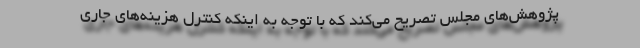
پژوهش‌های مجلس تصریح می‌کند که با توجه به اینکه کنترل هزینه‌های جاری